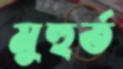
মুহুর্ত